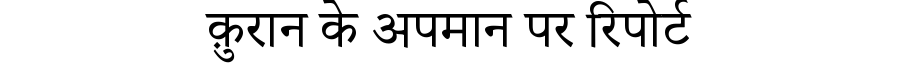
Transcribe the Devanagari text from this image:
क़ुरान के अपमान पर रिपोर्ट